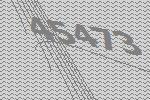
45473